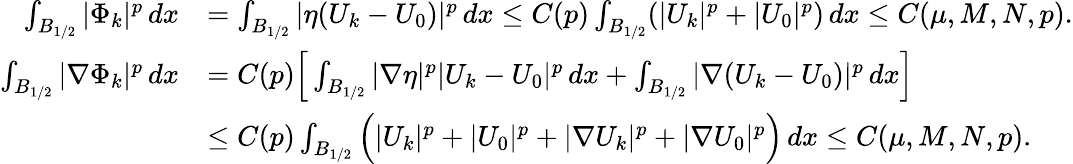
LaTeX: \begin{array}{rl}{\int_{B_{1/2}}|{\Phi}_{k}|^{p}\, dx}&{=\int_{B_{1/2}}|\eta(U_{k}-U_{0})|^{p}\, dx\le C(p)\int_{B_{1/2}}(|U_{k}|^{p}+|U_{0}|^{p})\, dx\le C(\mu,M,N,p).}\\ {\int_{B_{1/2}}|\nabla{\Phi}_{k}|^{p}\, dx}&{=C(p)\Big[\int_{B_{1/2}}|\nabla\eta|^{p}|U_{k}-U_{0}|^{p}\, dx+\int_{B_{1/2}}|\nabla(U_{k}-U_{0})|^{p}\, dx\Big]}\\ &{\le C(p)\int_{B_{1/2}}\Big(|U_{k}|^{p}+|U_{0}|^{p}+|\nabla U_{k}|^{p}+|\nabla U_{0}|^{p}\Big)\, dx\le C(\mu,M,N,p).}\end{array}